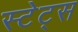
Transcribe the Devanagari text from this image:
स्टेट्‍स